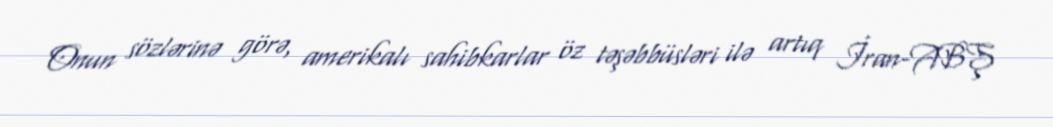
Onun sözlərinə görə, amerikalı sahibkarlar öz təşəbbüsləri ilə artıq İran-ABŞ